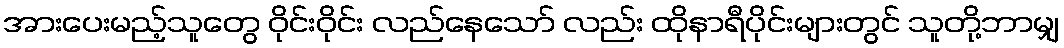
အားပေးမည့်သူတွေ ဝိုင်းဝိုင်း လည်နေသော် လည်း ထိုနာရီပိုင်းများတွင် သူတို့ဘာမျှ